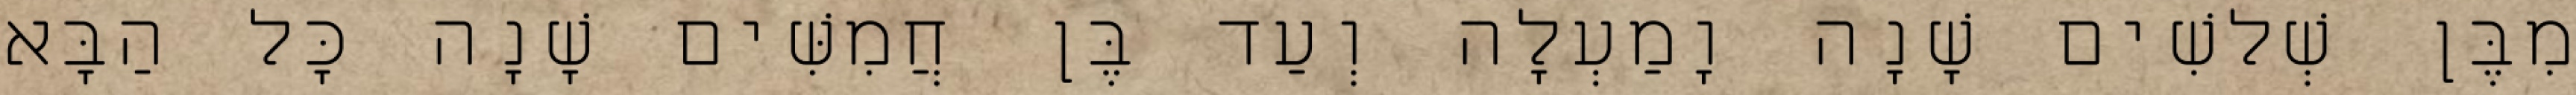
מִבֶּן שְׁלשִׁים שָׁנָה וָמַעְלָה וְעַד בֶּן חֲמִשִּׁים שָׁנָה כָּל הַבָּא